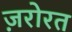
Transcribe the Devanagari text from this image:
ज़रोरत